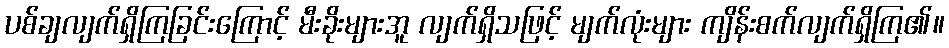
ပစ်ချလျက်ရှိကြခြင်းကြောင့် မီးခိုးများအူ လျက်ရှိသဖြင့် မျက်လုံးများ ကျိန်းစက်လျက်ရှိကြ၏။